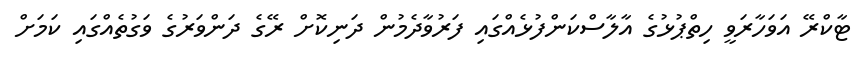
ޓާކްރޭ އަވަހާރަވީ ހިތްޕުޅުގެ އާލާސްކަންފުޅެއްގައި ފަރުވާދެމުން ދަނިކޮށް ރޭގެ ދަންވަރުގެ ވަގުތެއްގައި ކަމަށް